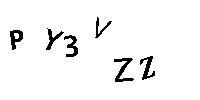
PY3VZZ